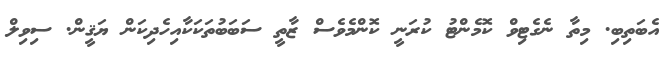
އެބަތިބި. މިތާ ނެގެޓިވް ކޮމެންޓު ކުރަނީ ކޮންމެވެސް ޒާތީ ސަބަބުތަކަކާއިހެދިކަން ޔަޤީން. ސިވިލް